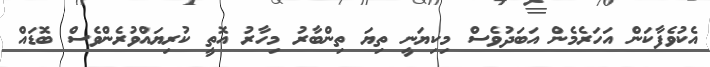
އެކުވެފާކަން އަހަރެމެން އަބަދުވެސް މިކިޔަނީ ތިޔަ ތިންބާރު މިހާރު އޮތީ ކުރިޔައްވުރެންވެސް ބޮޑައް